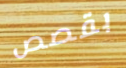
بقصص